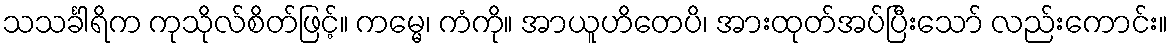
သသင်္ခါရိက ကုသိုလ်စိတ်ဖြင့်။ ကမ္မေ၊ ကံကို။ အာယူဟိတေပိ၊ အားထုတ်အပ်ပြီးသော် လည်းကောင်း။